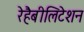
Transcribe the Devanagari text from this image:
रेहैबीलिटेशन